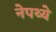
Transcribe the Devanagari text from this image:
नेपथ्ये